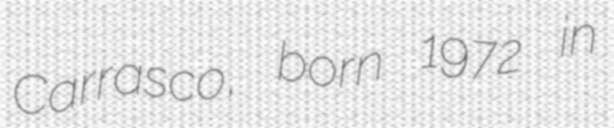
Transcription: Carrasco, born 1972 in